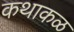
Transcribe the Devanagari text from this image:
कथाकळ